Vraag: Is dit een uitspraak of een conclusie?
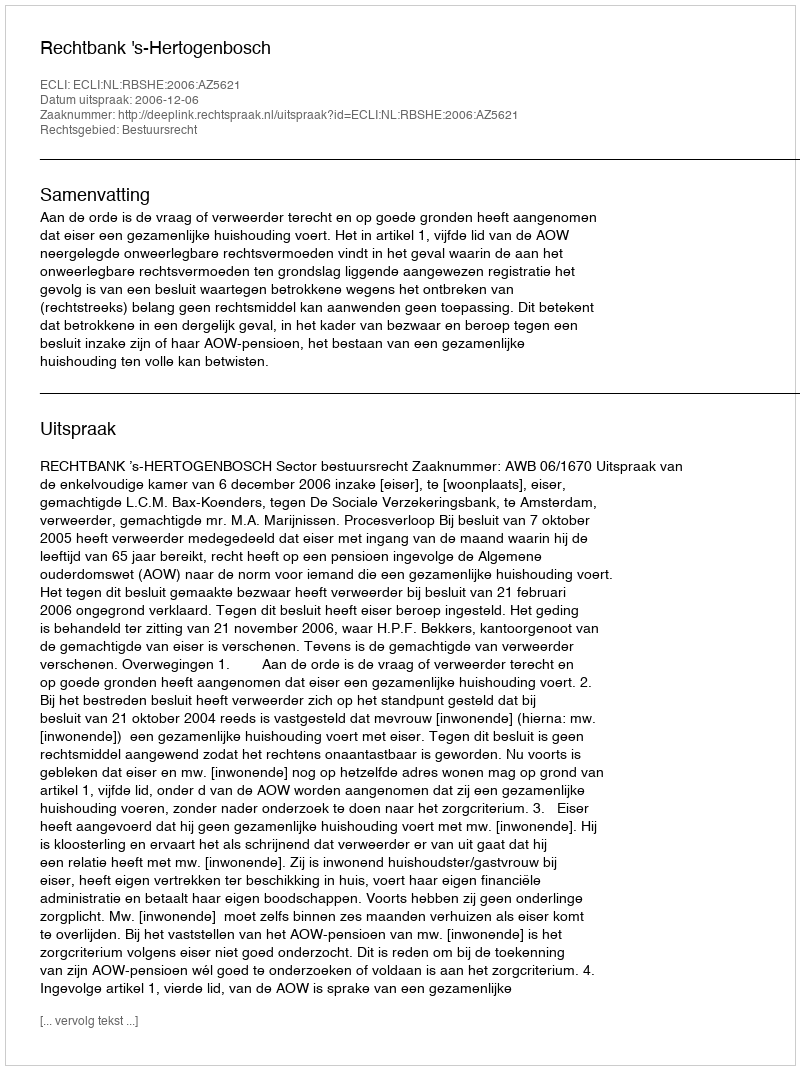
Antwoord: Uitspraak